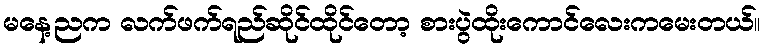
မနေ့ညက လက်ဖက်ရည်ဆိုင်ထိုင်တော့ စားပွဲထိုးကောင်လေးကမေးတယ်။